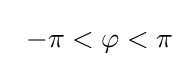
\;\,-\pi <\varphi <\pi